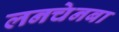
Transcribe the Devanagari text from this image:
लनचेनबा